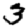
Digit: 3